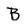
Character: B